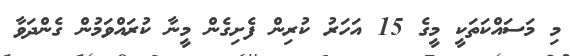
މި މަސައްކަތަކީ މީގެ 15 އަހަރު ކުރިން ފެށިގެން މީނާ ކުރައްވަމުން ގެންދަވާ